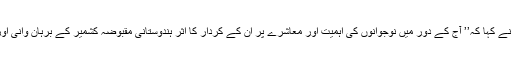
ایم میں خطاب کرتے ہوئے، پنجاب کے وزیر کھیل جہانگیر خانزادہ نے کہا کہ’’ آج کے دور میں نوجوانوں کی اہمیت اور معاشرے پر ان کے کردار کا اثر ہندوستانی مقبوضہ کشمیر کے برہان وانی اور فلسطین کی احد تمیمی کے ذریعے دوبارہ کھل کے سامنے آیا ہے ۔